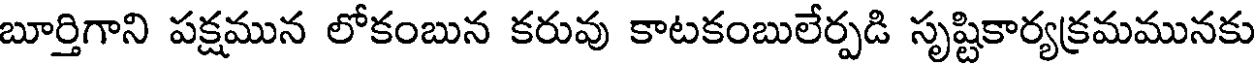
బూర్తిగాని పక్షమున లోకంబున కరువు కాటకంబులేర్పడి సృష్టికార్యక్రమమునకు